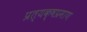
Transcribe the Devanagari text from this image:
प्रत्यक्षप्रमाण